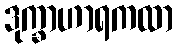
ဒုက္ခာဟာရကထာ